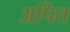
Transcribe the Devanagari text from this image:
अपित